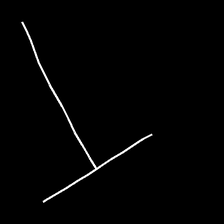
Glyph: column